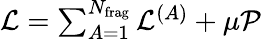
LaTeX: \begin{array}{r}{\mathcal{L}=\sum_{A=1}^{N_{\mathrm{frag}}}\mathcal{L}^{(A)}+\mu\mathcal{P}}\end{array}